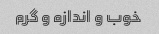
خوب و اندازه و گرم